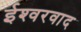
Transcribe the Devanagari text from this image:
ईश्‍वरवाद